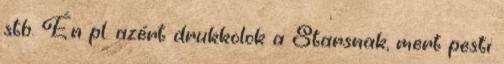
stb. Én pl. azért drukkolok a Starsnak, mert pesti